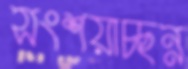
সংশয়াচ্ছন্ন